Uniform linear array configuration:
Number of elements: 32
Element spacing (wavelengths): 0.75
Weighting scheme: kaiser
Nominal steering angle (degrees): -15
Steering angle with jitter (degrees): -13.883
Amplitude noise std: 0.05
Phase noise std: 0.05

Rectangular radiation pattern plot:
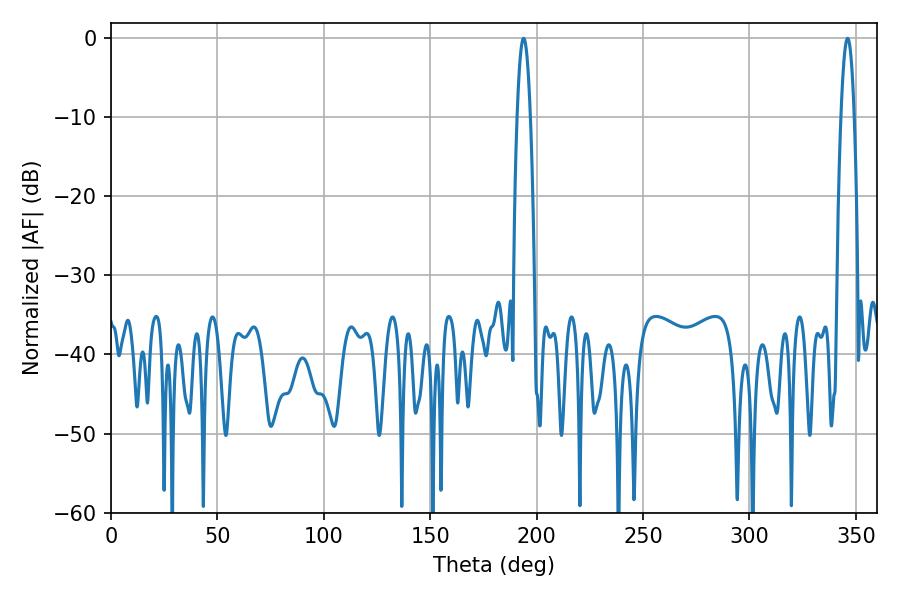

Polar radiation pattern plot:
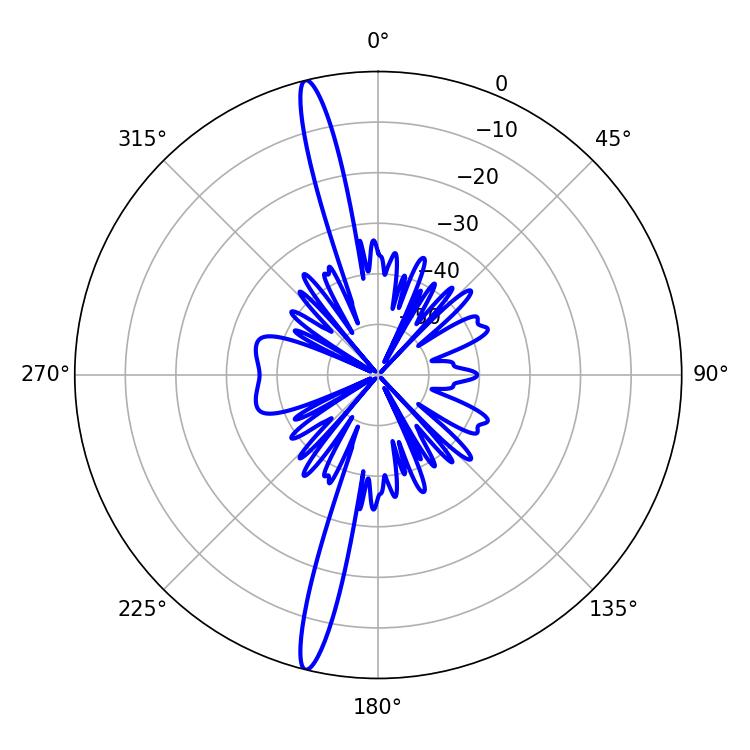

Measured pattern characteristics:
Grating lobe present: TRUE
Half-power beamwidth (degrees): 3.42
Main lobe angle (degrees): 346.14